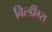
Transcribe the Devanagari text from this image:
बिल्डींग्स